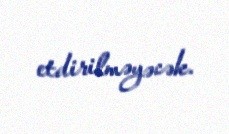
etdirilməyəcək.